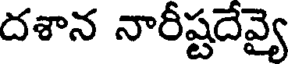
దశాన నారీష్టదేవ్యై